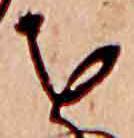
を